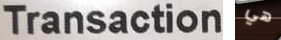
Transaction هي